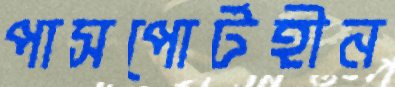
পাসপোর্টহীন